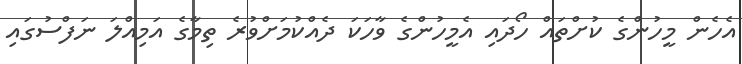
އެހެން މީހުންގެ ކުށްތައް ހޯދައި އެމީހުންގެ ވާހަކަ ދެއްކުމަށްވުރެ ތިމާގެ އަމިއްލަ ނަފްސުގައި